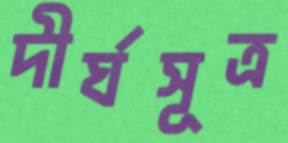
দীর্ঘসূত্র